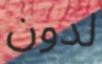
لدون